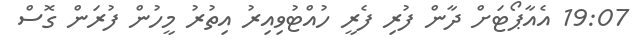
19:07 އެއާޕޯޓަށް ދާން ފުރި ފެރީ ހުއްޓުވިއިރު އިތުރު މީހުން ފުރަން ގޮސް